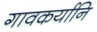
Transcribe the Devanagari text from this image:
गावकर्यानि